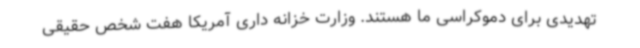
تهدیدی برای دموکراسی ما هستند. وزارت خزانه داری آمریکا هفت شخص حقیقی